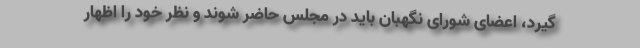
گیرد، اعضای شورای نگهبان باید در مجلس حاضر شوند و نظر خود را اظهار